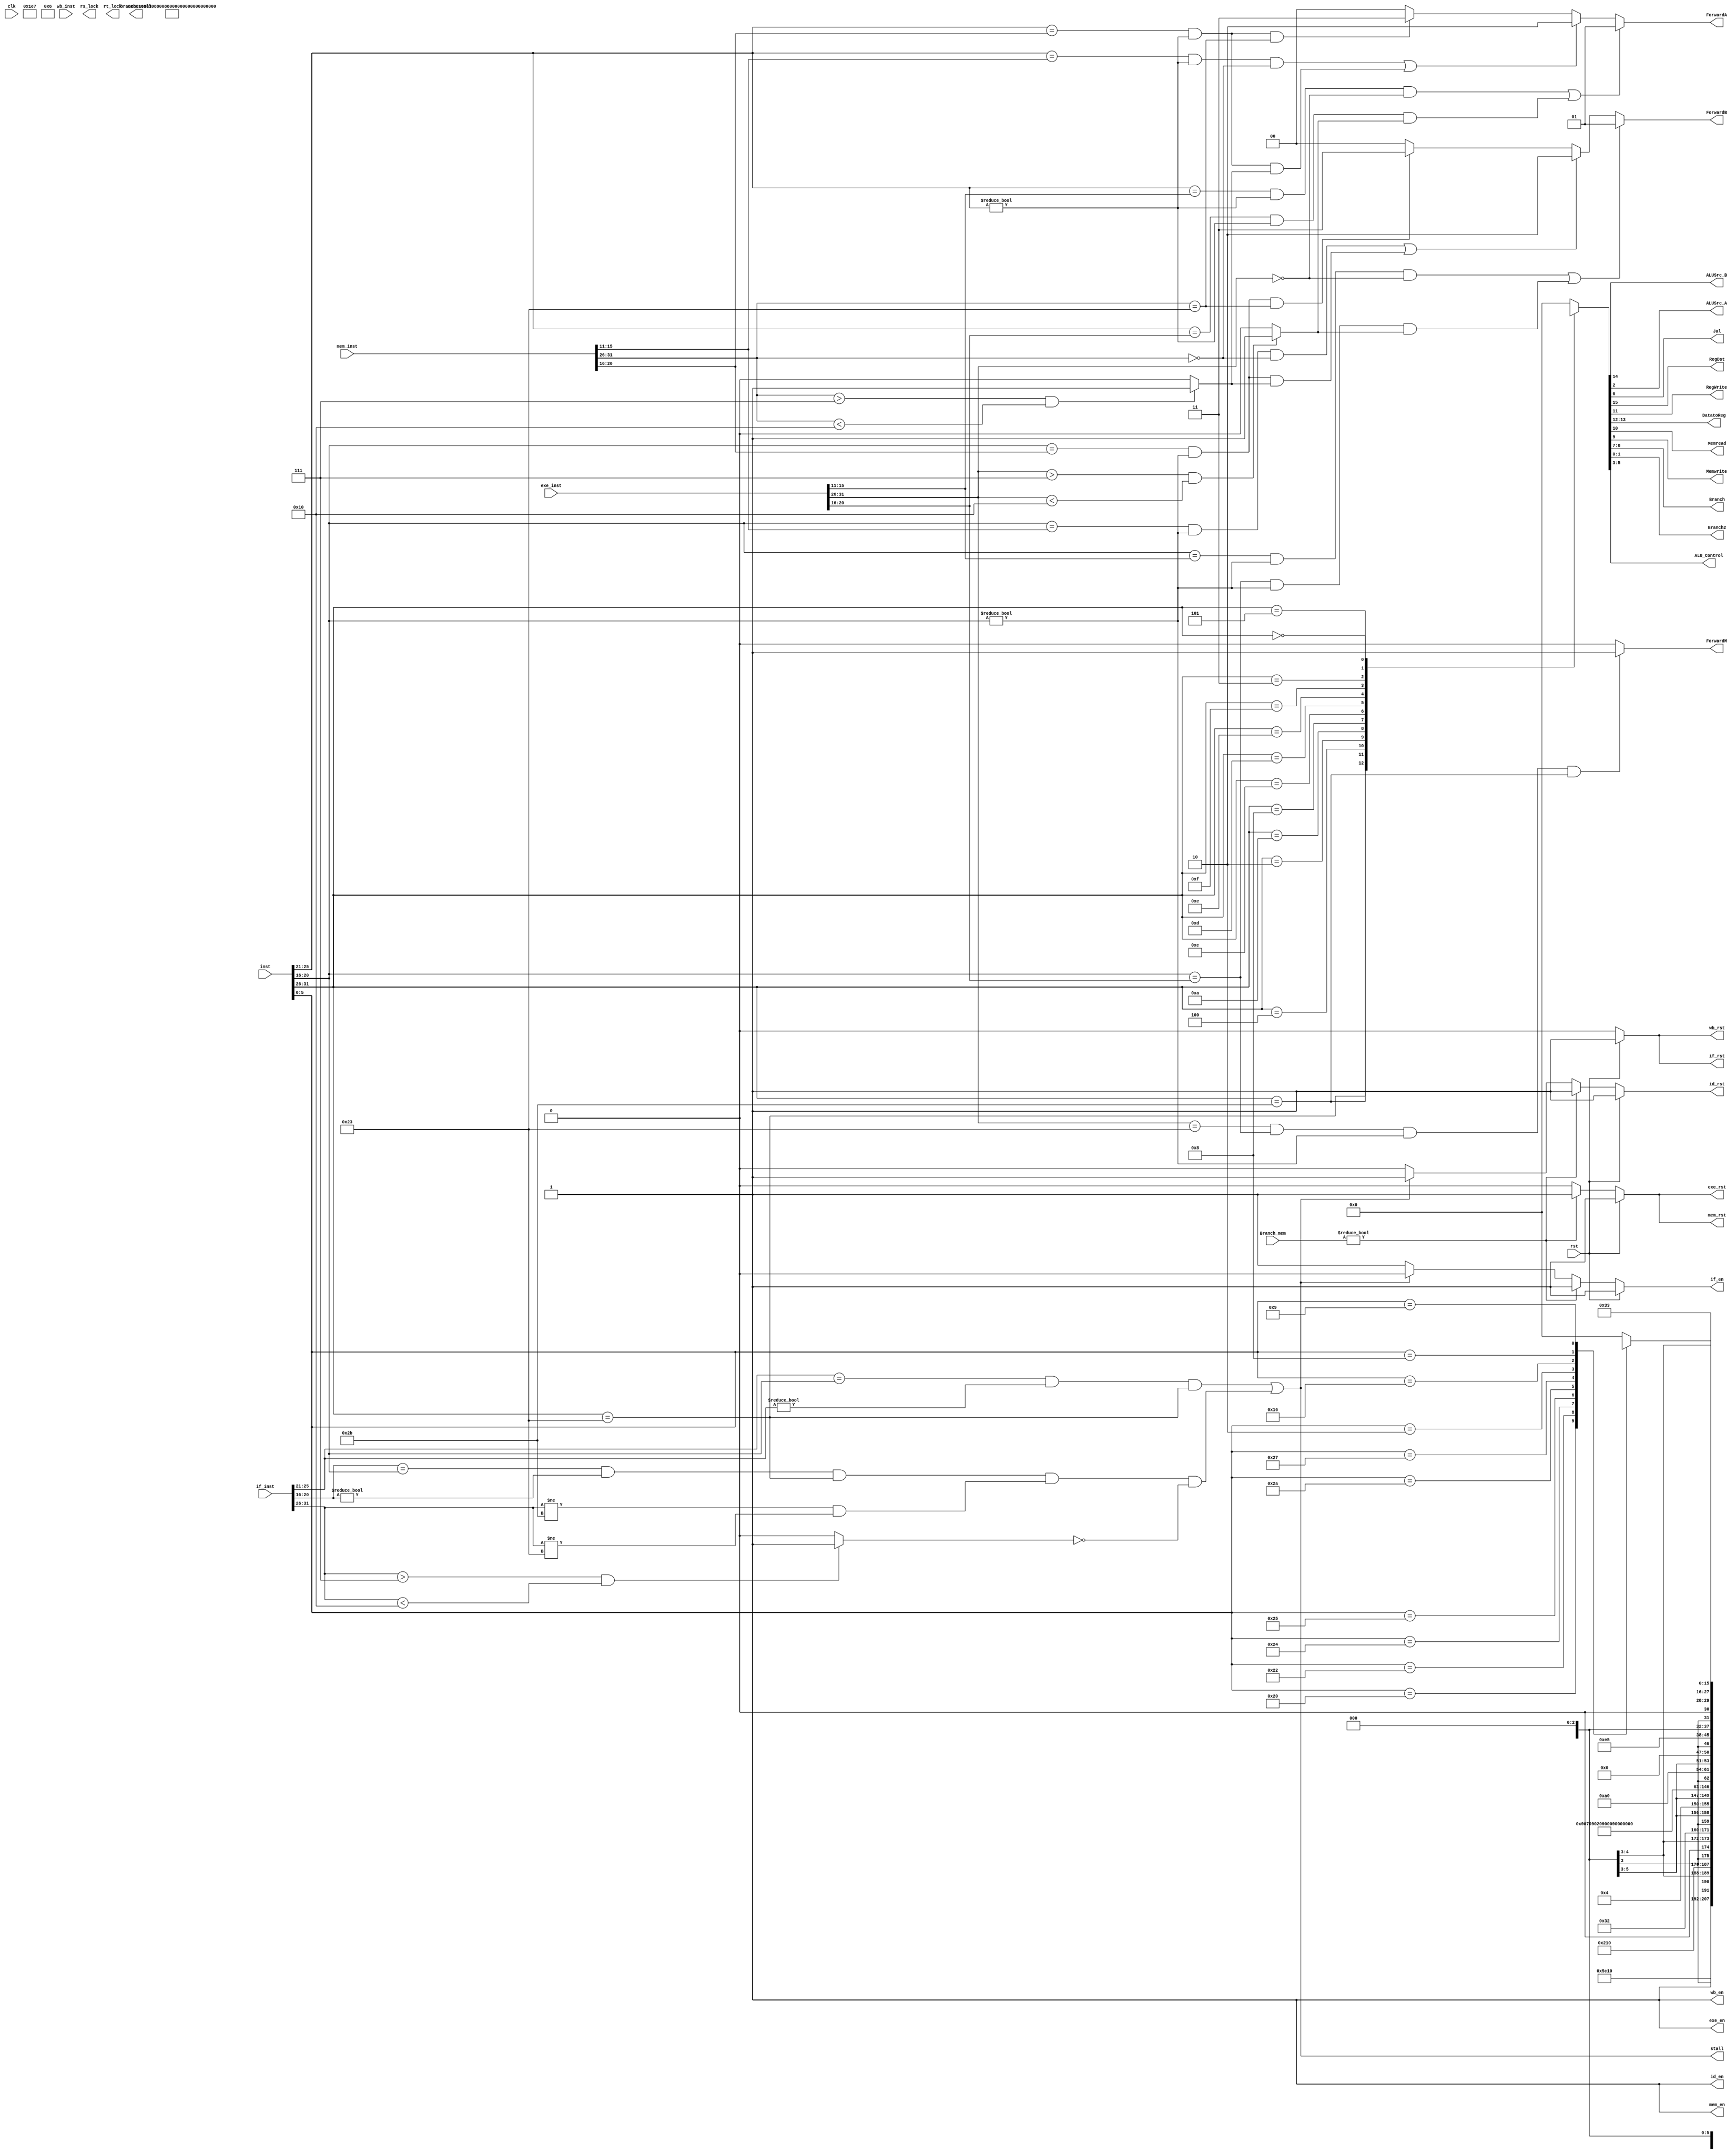
module SCPU_control(
	input wire clk,  // main clock
	input wire rst,  // synchronous reset
	// debug
	`ifdef DEBUG
	input wire debug_en,  // debug enable
	input wire debug_step,  // debug step clock
	`endif
	
	input [31:0] inst,
	input [31:0] if_inst,
	input [31:0] exe_inst,
	input [31:0] mem_inst,
	input [31:0] wb_inst,
	input [1:0] Branch_mem,
	//input zero,
	output reg ALUSrc_B,
	output reg ALUSrc_A,
	output reg Jal,
	output reg RegDst,
	output reg RegWrite,
	output reg[1:0] DatatoReg,
	output reg Memread,
	output reg Memwrite,
	output reg[1:0] Branch,
	output reg[1:0] Branch2,
	output reg[2:0] ALU_Control,
	output reg rs_lock,
	output reg rt_lock,
	
	output reg if_rst,  // stage reset signal
	output reg if_en,  // stage enable signal
	
	output reg id_rst,
	output reg id_en,

	output reg exe_rst,
	output reg exe_en,

	output reg mem_rst,
	output reg mem_en,

	output reg wb_rst,
	output reg wb_en,

	output wire stall,
	output wire branch_stall,
	output wire [1:0] ForwardA,
	output wire [1:0] ForwardB,
	output wire ForwardM
	
    );
	
	`define CPU_ctrl_signals {RegDst, ALUSrc_B, DatatoReg, RegWrite, Memread, Memwrite, Branch, Jal, ALU_Control,ALUSrc_A,Branch2}
	wire i_type_exe,i_type_mem;
	wire [4:0] exe_rs;
	wire [4:0] exe_rt;
	wire [4:0] exe_rd;
	wire [4:0] mem_rt;
	wire [4:0] mem_rd;
	wire [4:0] wb_rd;
	wire [4:0] wb_rt;
	wire [5:0] OPcode;
	wire [5:0] if_OPcode;
	wire [5:0] exe_OPcode;
	wire [5:0] mem_OPcode;
	wire [5:0] wb_OPcode;

	wire [5:0] Fun;
	wire [4:0] rs;
	wire [4:0] rt;
	wire [4:0] rd;
	wire [4:0] if_rs;
	wire [4:0] if_rt;
	wire [4:0] if_rd;



	//assign mem_w = MemWrite && (~MemRead);
	assign OPcode = inst[31:26];
	assign Fun = inst[5:0];
	assign rs[4:0] = inst[25:21];
	assign rt[4:0] = inst[20:16];
	assign rd[4:0] = inst[15:11];


	assign if_OPcode[5:0] =if_inst[31:26];
	assign if_rs[4:0] = if_inst[25:21];
	assign if_rt[4:0] = if_inst[20:16];
	assign if_rd[4:0] = if_inst[15:11];
	//assign if_func[5:0] = if_inst[5:0];
	assign i_type_if = (if_OPcode > 6'h07 && if_OPcode <6'h10)?1:0;	

	assign exe_OPcode[5:0] = exe_inst[31:26];
	assign exe_rs[4:0] = exe_inst[25:21];
	assign exe_rt[4:0] = exe_inst[20:16];
	assign exe_rd[4:0] = exe_inst[15:11];
	assign i_type_exe = (exe_OPcode > 6'h07 && exe_OPcode <6'h10)?1:0;

	assign mem_OPcode[5:0] = mem_inst[31:26];
	assign mem_rt[4:0] = mem_inst[20:16];
	assign mem_rd[4:0] = mem_inst[15:11];
	assign i_type_mem = (mem_OPcode > 6'h07 && mem_OPcode <6'h10)?1:0;

	assign wb_rd[4:0] = wb_inst[15:11];
	assign wb_rt[4:0] = wb_inst[20:16];
	assign wb_OPcode[5:0] = wb_inst[31:26];

	assign id_branch = ((OPcode > 6'h00) &  (OPcode < 6'h08)) || ((OPcode == 6'h0) & (Fun == 6'h08)) || ((OPcode == 6'h0) & (Fun == 6'h09));
	assign exe_branch = ((exe_OPcode > 6'h00) &  (exe_OPcode < 6'h08)) || ((exe_OPcode == 6'h0) & (exe_inst[5:0] == 6'h08)) || ((exe_OPcode == 6'h0) & (exe_inst[5:0] == 6'h09));
	//assign exe_branch = (exe_OPcode == 6'b000100) || (exe_OPcode == 6'b000010) || (exe_OPcode == 6'h03) || (exe_OPcode == 6'h05) || (exe_OPcode == 6'h8) || (exe_OPcode == 6'h9);
	// assign mem_branch = (mem_OPcode == 6'b000100) || (mem_OPcode == 6'b000010) || (mem_OPcode == 6'h03) || (mem_OPcode == 6'h05) || (mem_OPcode == 6'h8) || (mem_OPcode == 6'h9);
	//assign branch_stall = id_branch ||exe_branch ;//|| mem_branch;

	always @ (OPcode or Fun) begin
		case(OPcode)
			6'b100011: begin `CPU_ctrl_signals <= 16'b0_1_01_1_1_0_00_0_010_0_00; end // load
			6'b101011: begin `CPU_ctrl_signals <= 16'bx_1_xx_0_0_1_00_0_010_0_00; end // store
			6'b000100: begin `CPU_ctrl_signals <= 16'bx_0_xx_0_0_0_00_0_110_0_10; end // beq   //not sure for lock
			6'b000010: begin `CPU_ctrl_signals <= 16'bx_x_xx_0_0_0_10_0_xxx_0_00; end // jump    //not sure
			6'h0A: begin `CPU_ctrl_signals <= 16'b0_1_00_1_0_0_00_0_111_0_00; end // slti
			6'h08: begin `CPU_ctrl_signals <= 16'b0_1_00_1_0_0_00_0_010_0_00; end // addi
			6'h0C: begin `CPU_ctrl_signals <= 16'b0_1_00_1_0_0_00_0_000_0_00; end // andi
			6'h0D: begin `CPU_ctrl_signals <= 16'b0_1_00_1_0_0_00_0_001_0_00; end // ori
			6'h0E: begin `CPU_ctrl_signals <= 16'b0_1_00_1_0_0_00_0_011_0_00; end // xori
			6'h0F: begin `CPU_ctrl_signals <= 16'b0_x_10_1_0_0_00_0_xxx_0_00; end // lui
			6'h03: begin `CPU_ctrl_signals <= 16'b0_x_11_1_0_0_10_1_xxx_0_00; end // Jal
			6'h05: begin `CPU_ctrl_signals <= 16'bx_0_xx_0_0_0_0_0_0_110_0_11; end // bne
			6'b000000: begin case(Fun)
				6'b100000: begin `CPU_ctrl_signals <= 16'b1_0_00_1_0_0_00_0_010_0_00; end // add
				6'b100010: begin `CPU_ctrl_signals <= 16'b1_0_00_1_0_0_00_0_110_0_00; end // sub
				6'b100100: begin `CPU_ctrl_signals <= 16'b1_0_00_1_0_0_00_0_000_0_00; end // and
				6'b100101: begin `CPU_ctrl_signals <= 16'b1_0_00_1_0_0_00_0_001_0_00; end // or
				6'b101010: begin `CPU_ctrl_signals <= 16'b1_0_00_1_0_0_00_0_111_0_00; end // slt
				6'b100111: begin `CPU_ctrl_signals <= 16'b1_0_00_1_0_0_00_0_100_0_00; end // nor
				6'b000010: begin `CPU_ctrl_signals <= 16'b1_0_00_1_0_0_00_0_101_1_00; end // srl
				6'b010110: begin `CPU_ctrl_signals <= 16'b1_0_00_1_0_0_00_0_011_0_00; end // xor
				6'h08: begin `CPU_ctrl_signals <= 16'bx_x_xx_0_0_0_11_0_xxx_0_00; end // jr
				6'h9: begin `CPU_ctrl_signals <= 16'b0_1_11_1_0_0_11_1_xxx_0_00; end // Jalr
				default: begin `CPU_ctrl_signals <= 16'b0; end
			endcase end
			default: begin `CPU_ctrl_signals <= 16'b0; end
		endcase
	end
	

	//stall detect
	assign AfromEx = ((rs==exe_rd) & (rs != 0) & (exe_OPcode == 6'b000000)) || ((rs==exe_rt) & (rs != 0) & (i_type_exe==1));
	assign BfromEx = ((rt==exe_rd) & (rt != 0) & (exe_OPcode == 6'b000000)) || ((rt==exe_rt) & (rt != 0) & (i_type_exe==1));
	assign AfromMem = ((rs==mem_rd) & (rs!= 0) & (mem_OPcode == 6'b000000)) ||  ((rs==mem_rt) & (rs != 0) & (i_type_mem==1));
	assign BfromMem = ((rt==mem_rd) & (rt!= 0) & (mem_OPcode == 6'b000000)) ||  ((rt==mem_rt) & (rt != 0) & (i_type_mem==1));
	
	assign AfromDM = ((rs==mem_rt) & (rs!=0) & (mem_OPcode == 6'b100011));
	assign BfromDM = ((rt==mem_rt) & (rt!=0) & (mem_OPcode == 6'b100011));
	
	assign AfromExLW = (if_rs==rt) & (if_rs!=0) & (OPcode == 6'b100011);
	assign BfromExLW = (if_rt==rt) & (if_rt!=0) & (OPcode == 6'b100011) & (if_OPcode != 6'b101011 & if_OPcode != 6'b100011) & (i_type_if!=1);
	
	assign MfromLW = (exe_OPcode == 6'b100011) &(rt == exe_rt) & (rt!=0) & (OPcode == 6'b101011);

	assign ForwardA[1:0] = (AfromEx == 1) ? 2'b01:((AfromMem == 1) ? 2'b10:((AfromDM == 1) ? 2'b11:2'b00));
	assign ForwardB[1:0] = (BfromEx == 1) ? 2'b01:((BfromMem == 1) ? 2'b10:((BfromDM == 1) ? 2'b11:2'b00));
	assign ForwardM = (MfromLW == 1)?1:0;
	//assign ForwardC[1:0] = 1; 

	//assign stall = AfromEx || BfromEx || AfromMem || BfromMem || AfromExLW || BfromExLW || AfromMemLW || BfromMemLW;
	assign stall = AfromExLW || BfromExLW;
	// forward judge





	// debug control
	`ifdef DEBUG
	reg debug_step_prev;
	
	always @(posedge clk) begin
		debug_step_prev <= debug_step;
	end
	`endif
	
	always @(*) begin
		if_rst=0;
		if_en=1;
		id_rst=0;
		id_en=1;
		exe_rst=0;
		exe_en=1;
		mem_rst=0;
		mem_en=1;
		wb_rst=0;
		wb_en=1;
		if (rst) begin
			if_rst=1;
			id_rst=1;
			exe_rst=1;
			mem_rst=1;
			wb_rst=1;
		end
		`ifdef DEBUG
		// suspend and step execution
		else if ((debug_en) && ~(~debug_step_prev && debug_step)) begin
			if_en=0;
			id_en=0;
			exe_en=0;
			mem_en=0;
			wb_en=0;
		end
		`endif
		else if(Branch_mem != 2'b00) begin
			// if_en=0;
	  //  		if_rst=1;
	   		id_rst=1;
	   		exe_rst=1;
	   		mem_rst=1;
		end
		else if (stall) begin
		     if_en=0;
			 id_rst=1;
			 
	   	end
	    //else if(exe_branch) begin
	     		//if_rst=1;
	    // 		if_en=1;
	     		//id_en=1;

	     //end
	   	
	    // else if(Branch_mem != 2'b00) begin
	    // 		//if_rst = 1;
	    // 		//if_en = 1;
	    // end


	end


endmodule